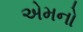
એમનો